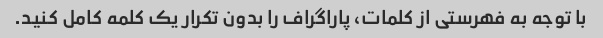
با توجه به فهرستی از کلمات، پاراگراف را بدون تکرار یک کلمه کامل کنید.